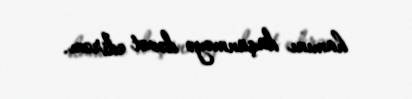
hamını düşünməyə dəvət edirəm.